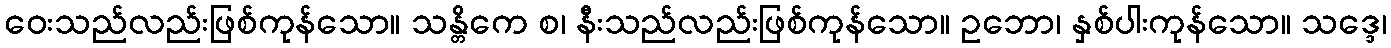
ဝေးသည်လည်းဖြစ်ကုန်သော။ သန္တိကေ စ၊ နီးသည်လည်းဖြစ်ကုန်သော။ ဥဘော၊ နှစ်ပါးကုန်သော။ သဒ္ဒေ၊